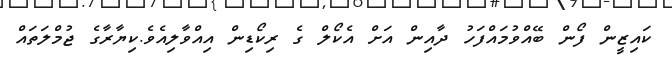
ކައިޒީން ފޯން ބޭއްވުމައްފަހު ދާއިން އަށް އެކޯލް ގެ ރިކޯޑިން އިއްވާލިއެވެ.ކިޔާރާގެ ޖުމްލަތައް